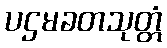
ပဌမခတသုတ္တံ